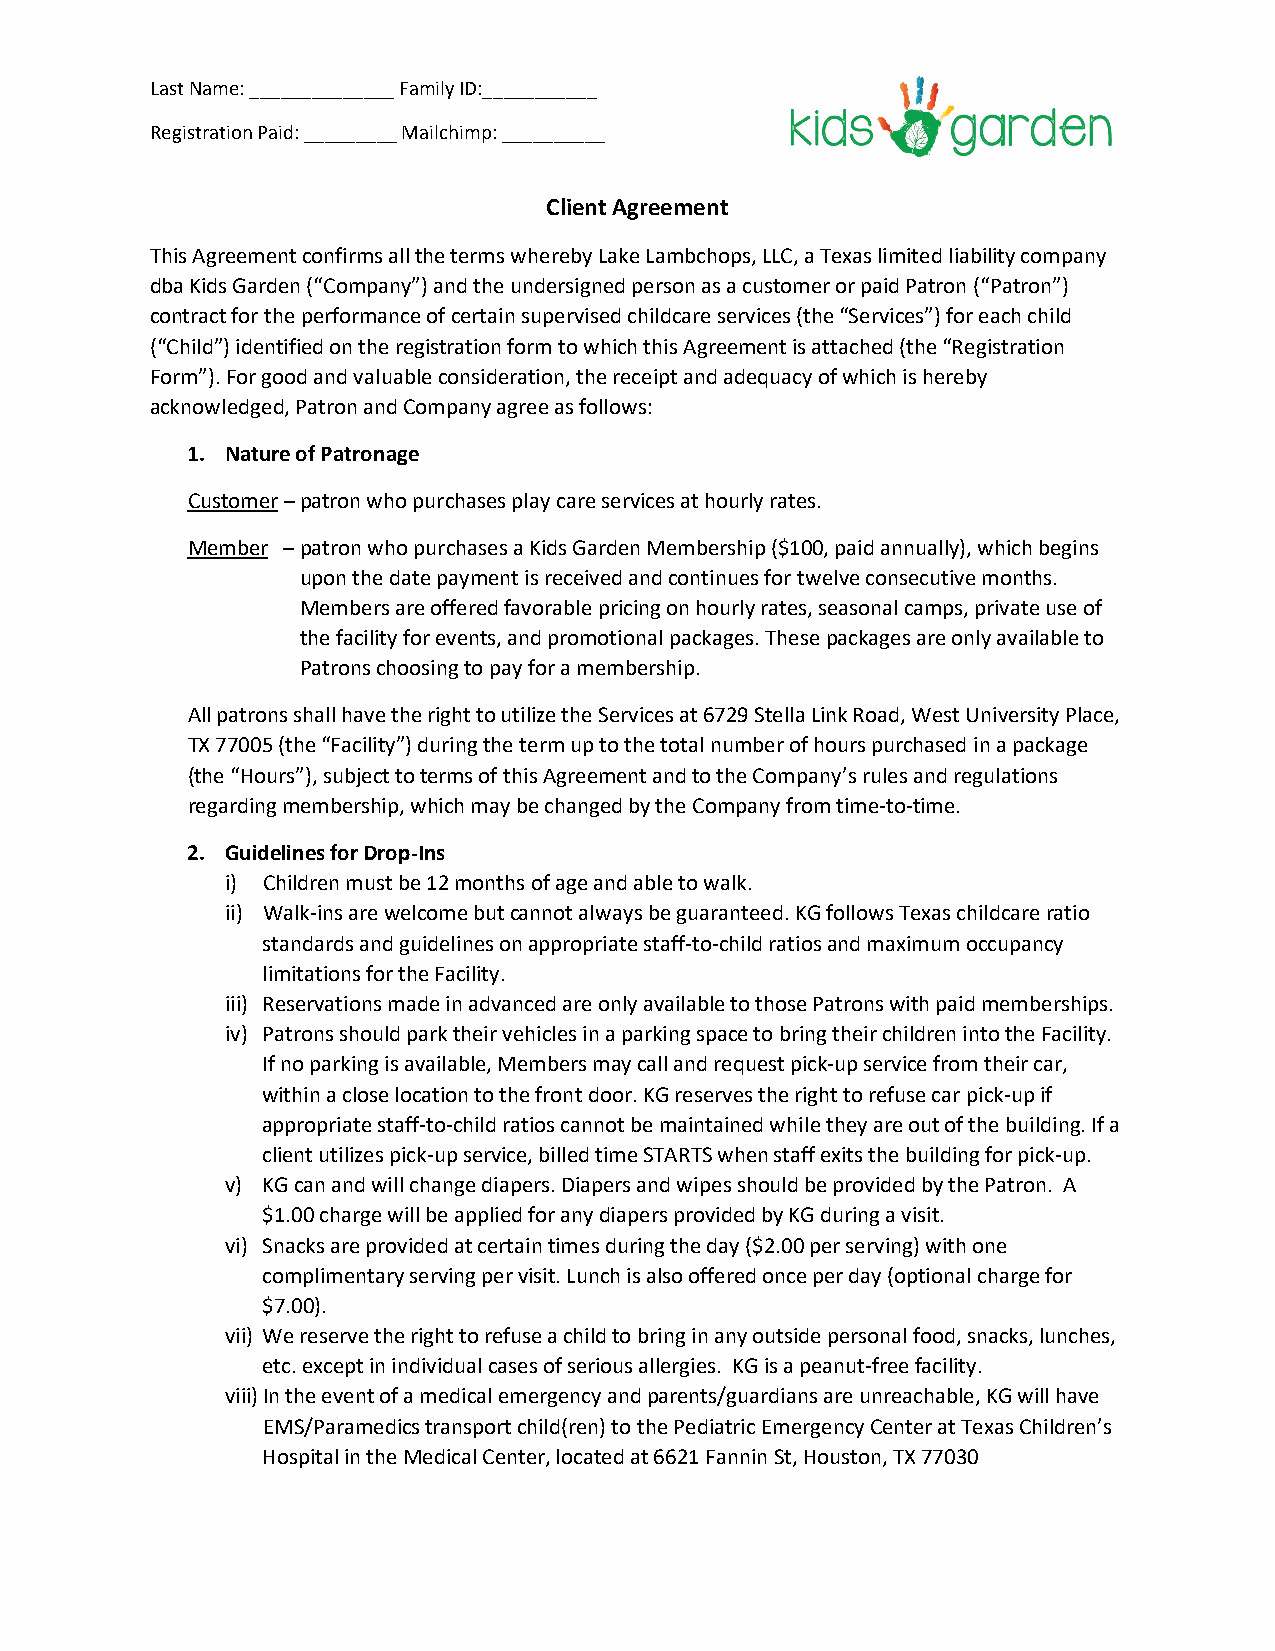
Last Name: ______________ Family ID:___________
 Registration Paid: _________ Mailchimp: __________
 Client Agreement
 This Agreement confirms all the terms whereby Lake Lambchops, LLC, a Texas limited liability company
 dba Kids Garden (“Company”) and the undersigned person as a customer or paid Patron (“Patron”)
 contract for the performance of certain supervised childcare services (the “Services”) for each child
 (“Child”) identified on the registration form to which this Agreement is attached (the “Registration
 Form”). For good and valuable consideration, the receipt and adequacy of which is hereby
 acknowledged, Patron and Company agree as follows:
 1. Nature of Patronage
 Customer – patron who purchases play care services at hourly rates.
 Member – patron who purchases a Kids Garden Membership ($100, paid annually), which begins
 upon the date payment is received and continues for twelve consecutive months.
 Members are offered favorable pricing on hourly rates, seasonal camps, private use of
 the facility for events, and promotional packages. These packages are only available to
 Patrons choosing to pay for a membership.
 All patrons shall have the right to utilize the Services at 6729 Stella Link Road, West University Place,
 TX 77005 (the “Facility”) during the term up to the total number of hours purchased in a package
 (the “Hours”), subject to terms of this Agreement and to the Company’s rules and regulations
 regarding membership, which may be changed by the Company from time‐to‐time.
 2. Guidelines for Drop-Ins
 i) Children must be 12 months of age and able to walk.
 ii) Walk‐ins are welcome but cannot always be guaranteed. KG follows Texas childcare ratio
 standards and guidelines on appropriate staff‐to‐child ratios and maximum occupancy
 limitations for the Facility.
 iii) Reservations made in advanced are only available to those Patrons with paid memberships.
 iv) Patrons should park their vehicles in a parking space to bring their children into the Facility.
 If no parking is available, Members may call and request pick‐up service from their car,
 within a close location to the front door. KG reserves the right to refuse car pick‐up if
 appropriate staff‐to‐child ratios cannot be maintained while they are out of the building. If a
 client utilizes pick‐up service, billed time STARTS when staff exits the building for pick‐up.
 v) KG can and will change diapers. Diapers and wipes should be provided by the Patron. A
 $1.00 charge will be applied for any diapers provided by KG during a visit.
 vi) Snacks are provided at certain times during the day ($2.00 per serving) with one
 complimentary serving per visit. Lunch is also offered once per day (optional charge for
 $7.00).
 vii) We reserve the right to refuse a child to bring in any outside personal food, snacks, lunches,
 etc. except in individual cases of serious allergies. KG is a peanut‐free facility.
 viii) In the event of a medical emergency and parents/guardians are unreachable, KG will have
 EMS/Paramedics transport child(ren) to the Pediatric Emergency Center at Texas Children’s
 Hospital in the Medical Center, located at 6621 Fannin St, Houston, TX 77030